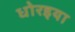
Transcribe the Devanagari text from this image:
धोरइया